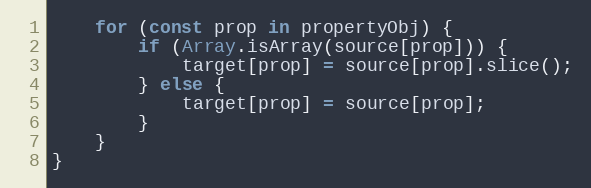
Language: JavaScript
    for (const prop in propertyObj) {
        if (Array.isArray(source[prop])) {
            target[prop] = source[prop].slice();
        } else {
            target[prop] = source[prop];
        }
    }
}